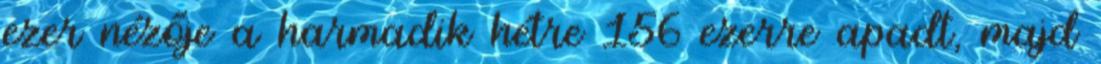
ezer nézője a harmadik hétre 156 ezerre apadt, majd